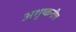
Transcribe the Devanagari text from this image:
अशुष्कनीय